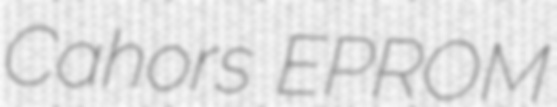
Cahors EPROM